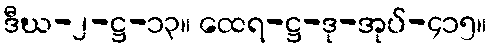
ဒီဃ-၂-ဋ္ဌ-၁၃။ ထေရ-ဋ္ဌ-ဒု-အုပ်-၄၁၅။